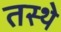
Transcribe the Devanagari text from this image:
तस्थे